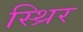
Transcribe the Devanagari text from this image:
स्थ्रिर